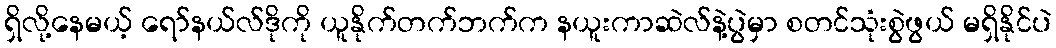
ရှိလို့နေမယ့် ရော်နယ်လ်ဒိုကို ယူနိုက်တက်ဘက်က နယူးကာဆဲလ်နဲ့ပွဲမှာ စတင်သုံးစွဲဖွယ် မရှိနိုင်ပဲ